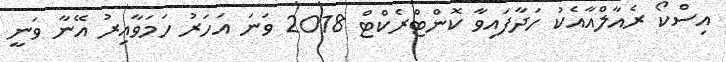
އިސްކޯ ރެއާލްއާއެކު ހަދާފައިވާ ކޮންޓްރެކްޓް 2018 ވަނަ އަހަރު ހަމަވާއިރު އޭނާ ވަނީ